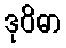
ဒုဝိဓာ